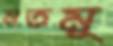
নতমু